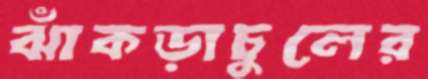
ঝাঁকড়াচুলের